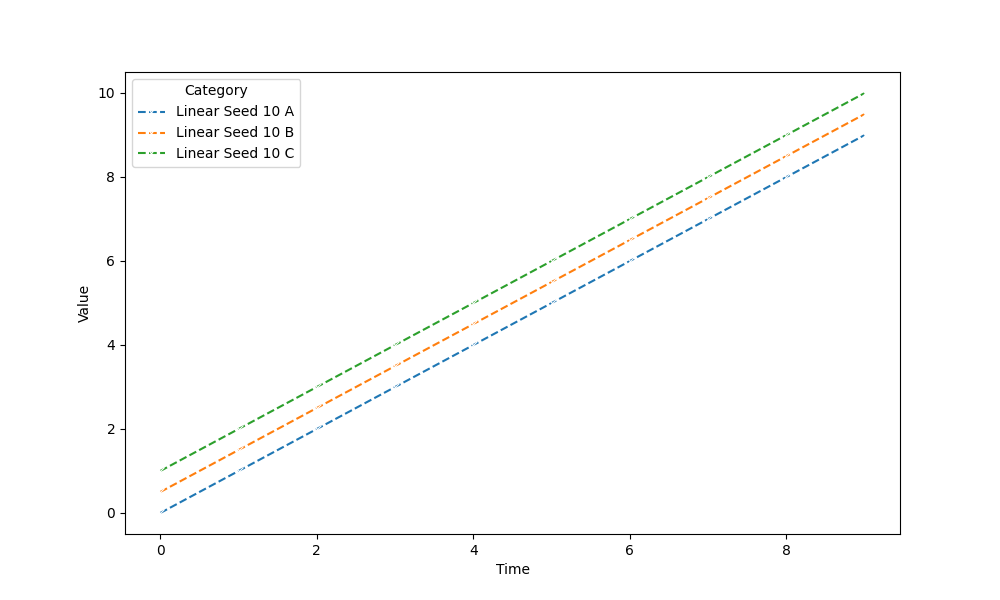
python, seaborn, lineplot, style='dashed', marker='x'